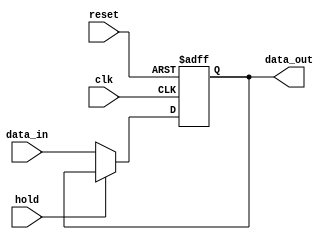
module hold_condition (
    input wire clk,              // Clock signal
    input wire reset,            // Reset signal
    input wire hold,             // Hold condition control signal
    input wire [7:0] data_in,    // Data input
    output reg [7:0] data_out     // Data output
);

    // Initial state
    initial begin
        data_out = 8'b0;         // Initialize output to zero
    end

    // Sequential logic
    always @(posedge clk or posedge reset) begin
        if (reset) begin
            data_out <= 8'b0;     // Reset output to zero
        end else if (hold) begin
            // Hold condition active, retain current output
            data_out <= data_out; // No change in output
        end else begin
            // Update output with input data
            data_out <= data_in;   // Update output with new data
        end
    end

endmodule